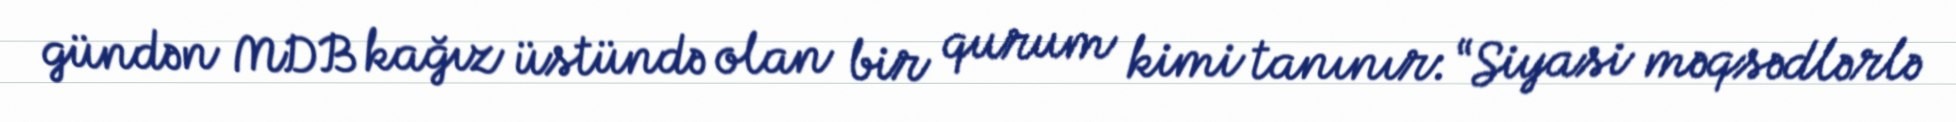
gündən MDB kağız üstündə olan bir qurum kimi tanınır: “Siyasi məqsədlərlə